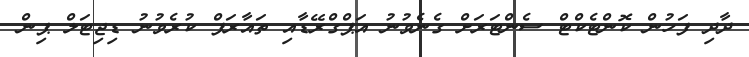
ދާދި ފަހުން ކޮންޓެކްޓް ސެންޓަރަށް ގެނެވުނު އަޕްގްރޭޑާއި ތައާރަފް ކުރެވުނު ޑިޖިޓަލް ޕިން